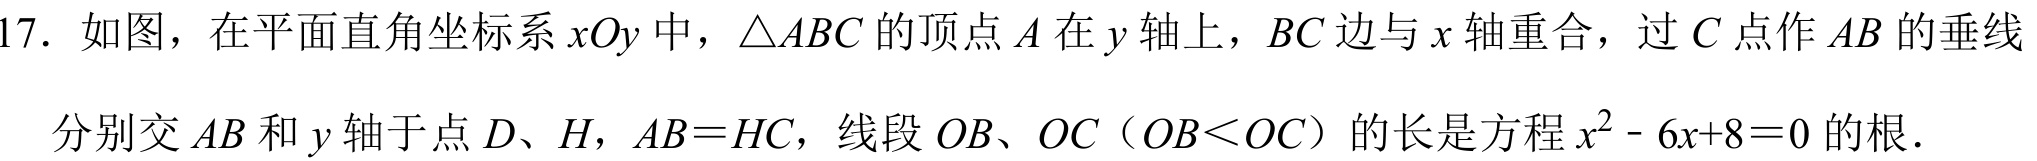
17. 如图，在平面直角坐标系\(xOy\)中，\(\triangle ABC\)的顶点\(A\)在\(y\)轴上，\(BC\)边与\(x\)轴重合，过\(C\)点作\(AB\)的垂线分别交\(AB\)和\(y\)轴于点\(D、H\)，\(AB = HC\)，线段\(OB、OC（OB<OC）\)的长是方程\(x^{2}-6x + 8 = 0\)的根.